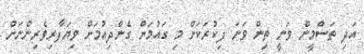
އަދި ތަސްމީން ވަނީ ތިން ވަނަ ފިކުރަކަށް މި ގައުމަށް ގެންދިއުމަށް ވިޔަފާރިވެރިންނަށް